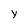
Character: y